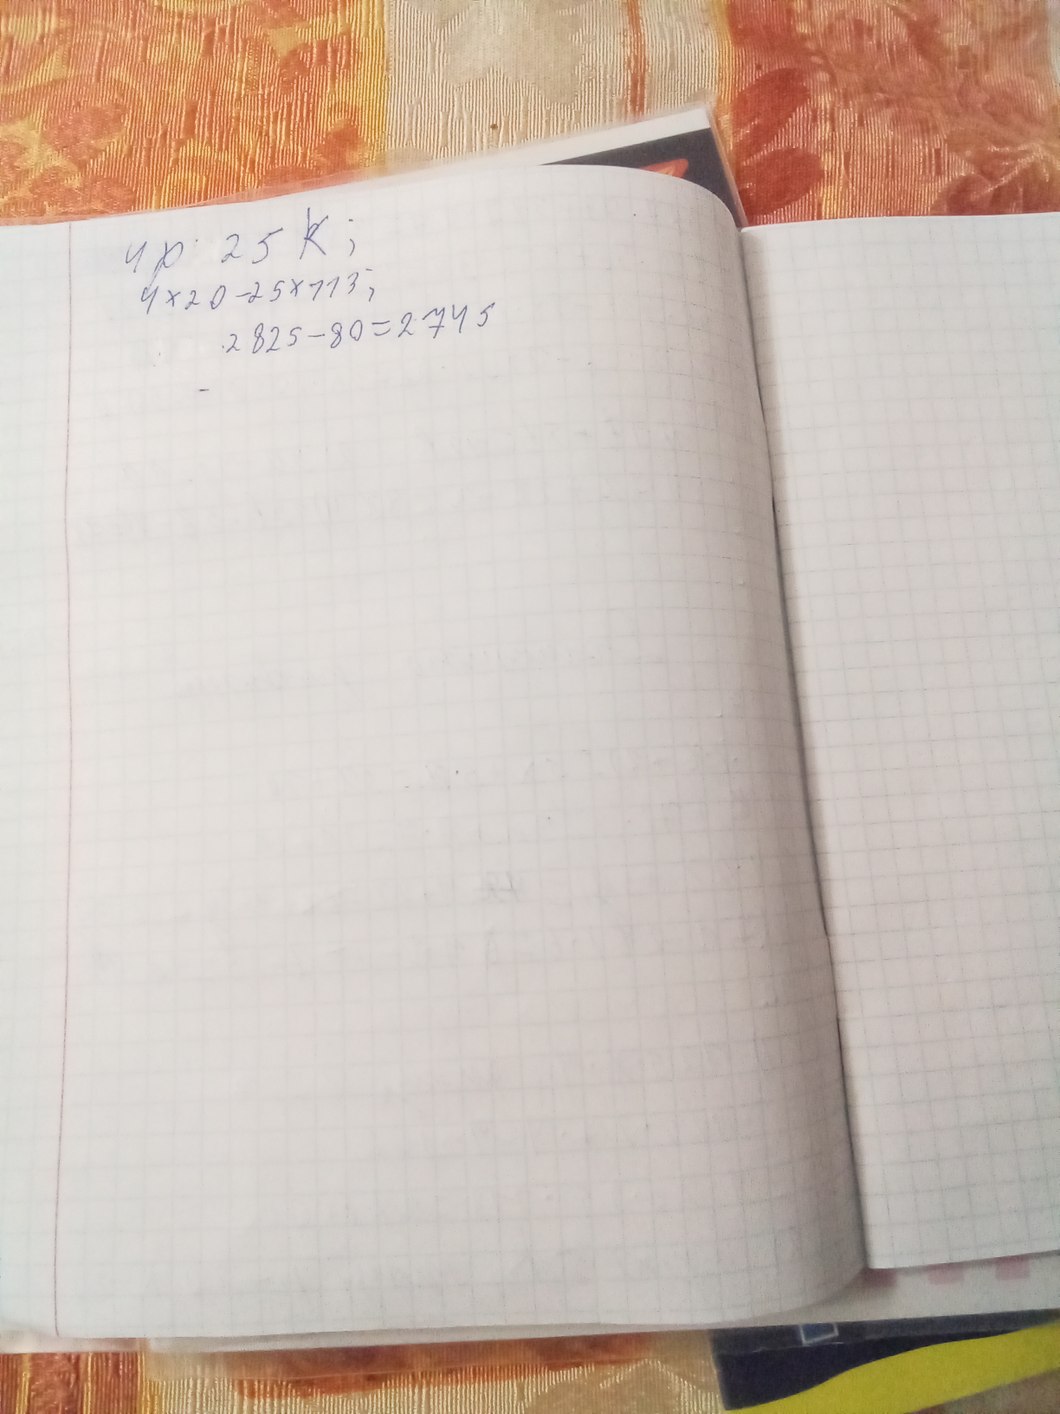
4p 25K;
4 * 20 - 25 * 113 ;
2825 - 80=2745